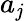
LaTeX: a_{\mathit{j}}